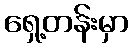
ရှေ့တန်းမှာ